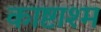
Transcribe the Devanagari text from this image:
काष्टाश्म